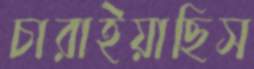
চারাইয়াছিস